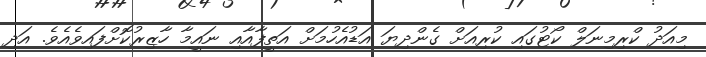
މިއަދު ކްރިމިނަލް ކޯޓުގައި ކުރިއަށް ގެންދިޔަ އަޑުއެހުމަށް އަތީފާއާއި ނައީމާ ހާޒިރުކޮށްފައިވެއެވެ. އަދި